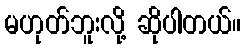
မဟုတ်ဘူးလို့ ဆိုပါတယ်။